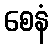
စေနံ